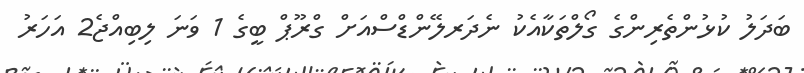
ބަދަލު ކުޅުންތެރިންގެ ގޯލްތަކާއެކު ނެދަރލޭންޑްސްއަށް ގްރޫޕް ބީގެ 1 ވަނަ ލިބިއްޖެ2 އަހަރު